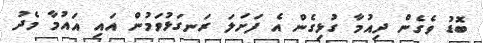
ބޮޑު ވެގެން ދިއުމާ ގުޅިގެން އެ ފަށަލަ ރަނގަޅުވަމުން އައި އައުމާ މެދު